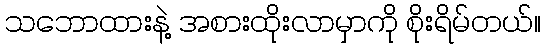
သဘောထားနဲ့ အစားထိုးလာမှာကို စိုးရိမ်တယ်။